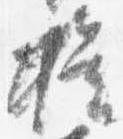
権